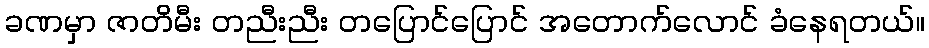
ခဏမှာ ဇာတိမီး တညီးညီး တပြောင်ပြောင် အတောက်လောင် ခံနေရတယ်။